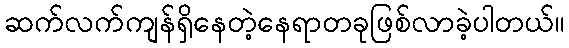
ဆက်လက်ကျန်ရှိနေတဲ့နေရာတခုဖြစ်လာခဲ့ပါတယ်။